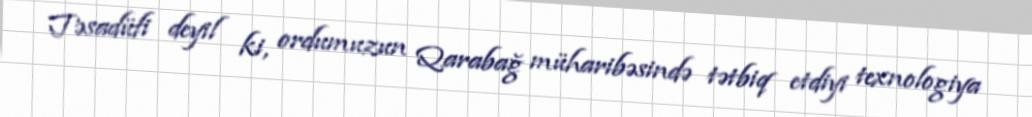
Təsadüfi deyil ki, ordumuzun Qarabağ müharibəsində tətbiq etdiyi texnologiya